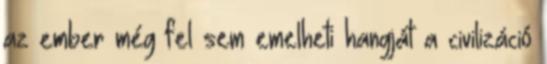
az ember még fel sem emelheti hangját a civilizáció